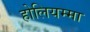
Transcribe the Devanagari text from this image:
होलियम्मा